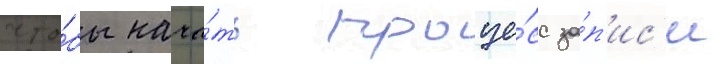
что́бы нача́ть проце́сс за́п'ис'и